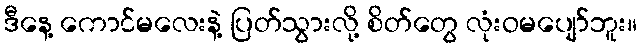
ဒီနေ့ ကောင်မလေးနဲ့ ပြတ်သွားလို့ စိတ်တွေ လုံးဝမပျော်ဘူး။